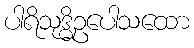
ပါရိသုဒ္ဓိဥပေါသထော